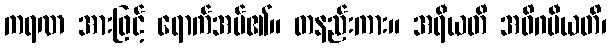
ကရဏ အားဖြင့် ရောက်အပ်၏။ တနည်းကား။ အရီယတိ အဓိဂမီယတိ၊